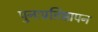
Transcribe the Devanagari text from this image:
पुनःप्रतिष्ठापन